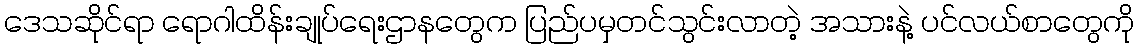
ဒေသဆိုင်ရာ ရောဂါထိန်းချုပ်ရေးဌာနတွေက ပြည်ပမှတင်သွင်းလာတဲ့ အသားနဲ့ ပင်လယ်စာတွေကို